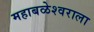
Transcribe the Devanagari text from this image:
महाबळेश्वराला